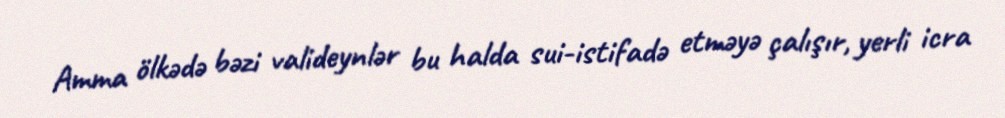
Amma ölkədə bəzi valideynlər bu halda sui-istifadə etməyə çalışır, yerli icra